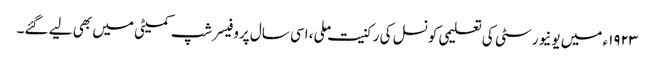
١٩٢٣ء میں یونیورسٹی کی تعلیمی کونسل کی رکنیت ملی، اسی سال پروفیسر شپ کمیٹی میں بھی لیے گئے۔